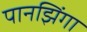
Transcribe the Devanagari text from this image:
पानझिंगा